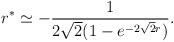
\begin{align*}r^* \simeq - { 1 \over 2 \sqrt 2( 1 - e^{ - 2 \sqrt 2 r})}.\end{align*}